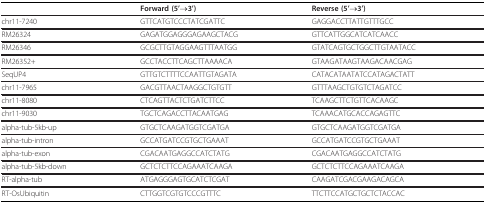
|  | Forward (5'→3') | Reverse (5'→3') |
 | --- | --- | --- |
 | chr11-7240 | GTTCATGTCCCTATCGATTC | GAGGACCTTATTGTTTGCC |
 | RM26324 | GAGATGGAGGGAGAAGCTACG | GTTCATTGGCATCATCAACC |
 | RM26346 | GCGCTTGTAGGAAGTTTAATGG | GTATCAGTGCTGGCTTGTAATACC |
 | RM26352+ | GCCTACCTTCAGCTTAAAACA | GTAAGATAAGTAAGACAACGAG |
 | SeqUP4 | GTTGTCTTTTCCAATTGTAGATA | CATACATAATATCCATAGACTATT |
 | chr11-7965 | GACGTTAACTAAGGCTGTGTT | GTTTAAGCTGTGTCTAGATCC |
 | chr11-8080 | CTCAGTTACTCTGATCTTCC | TCAAGCTTCTGTTCACAAGC |
 | chr11-9030 | TGCTCAGACCTTACAATGAG | TCAAACATGCACCAGAGTTC |
 | alpha-tub-5kb-up | GTGCTCAAGATGGTCGATGA | GTGCTCAAGATGGTCGATGA |
 | alpha-tub-intron | GCCATGATCCGTGCTGAAAT | GCCATGATCCGTGCTGAAAT |
 | alpha-tub-exon | CGACAATGAGGCCATCTATG | CGACAATGAGGCCATCTATG |
 | alpha-tub-5kb-down | GCTCTCTTCCAGAAATCAAGA | GCTCTCTTCCAGAAATCAAGA |
 | RT-alpha-tub | ATGAGGGAGTGCATCTCGAT | CAAGATCGACGAAGACAGCA |
 | RT-OsUbiquitin | CTTGGTCGTGTCCCGTTTC | TTCTTCCATGCTGCTCTACCAC |